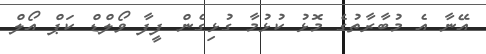
އޭނާ އެ މުބާރާތުގެ މޮޅު ކުޅުމާ ގުޅިގެން ފީފާ ވޯލްޑް ކަޕް އޯލް